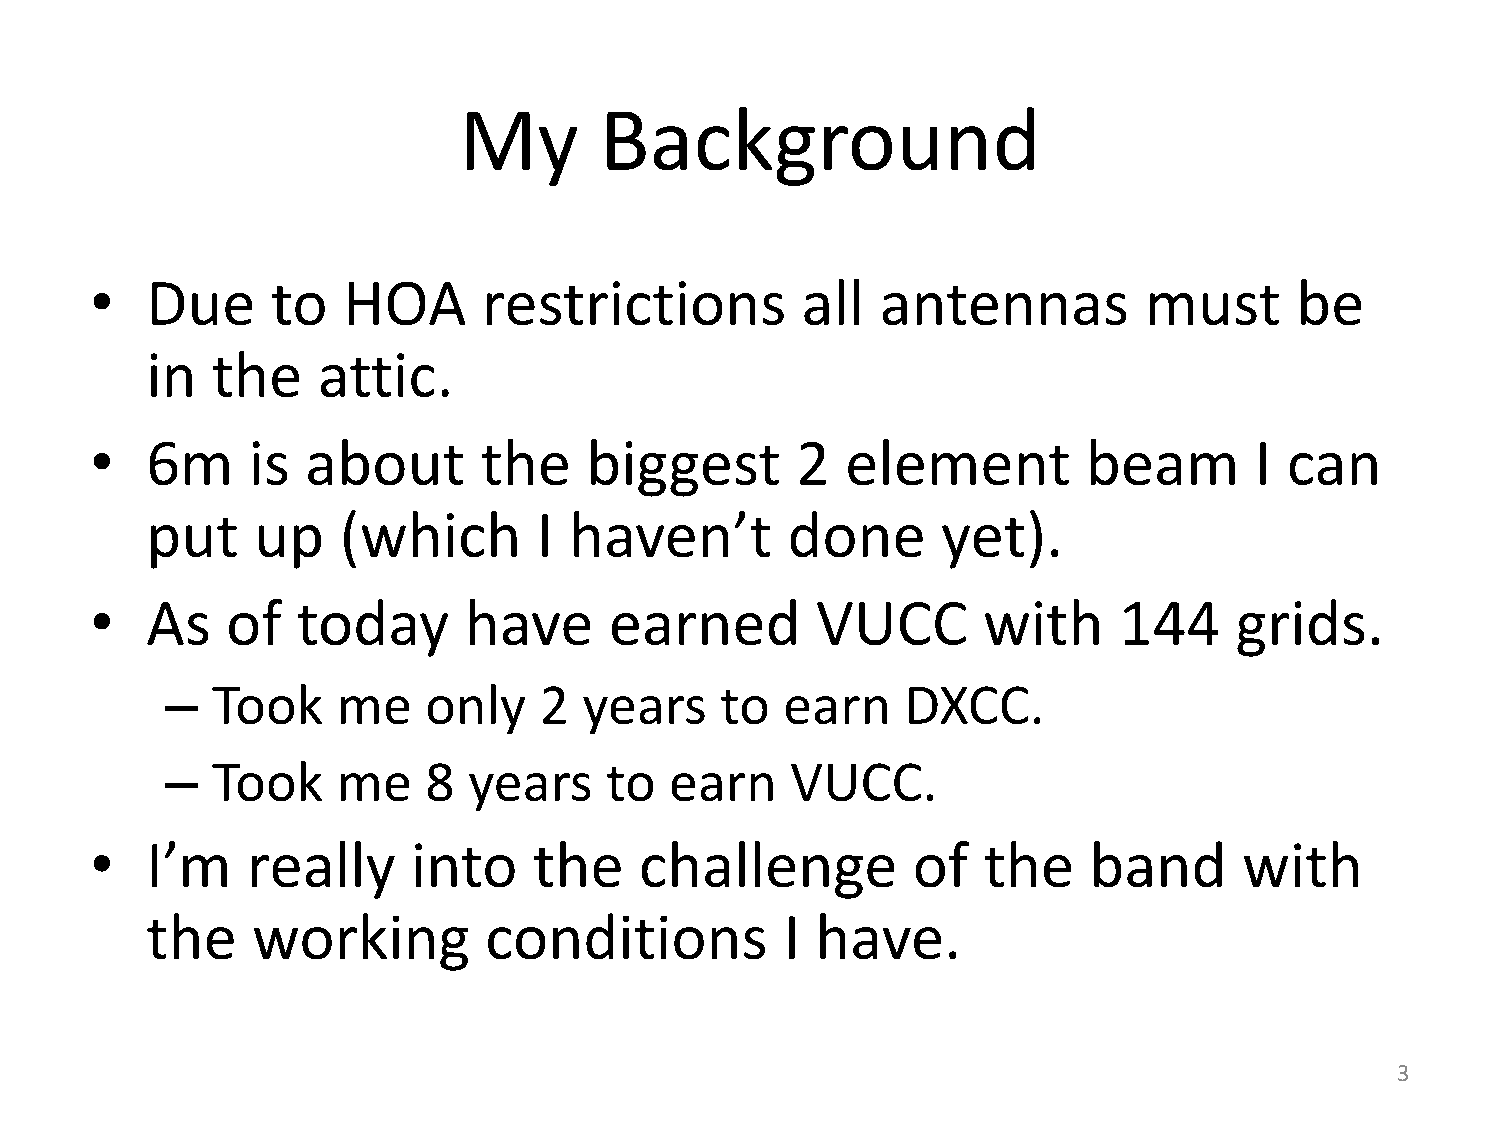
My        Background
 •   Due     to   HOA      restrictions         all  antennas          must      be
 in  the    attic.
 •   6m    is  about       the    biggest       2  element         beam       I can
 put    up   (which        I haven’t       done      yet).
 •   As   of   today      have     earned        VUCC       with     144     grids.
 –  Took    me    only    2  years    to  earn    DXCC.
 –  Took    me    8  years    to  earn    VUCC.
 •   I’m   really     into    the    challenge         of   the    band      with
 the    working        conditions          I have.
 3